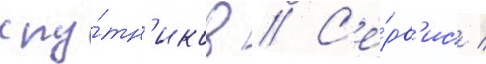
спу́тн'иков // С'е́рв'ис /